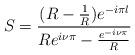
LaTeX: \begin{align*}S=\frac{(R-\frac{1}{R})e^{-i\pi l}}{Re^{i\nu\pi}-\frac{e^{-i\nu\pi}}{R}}\end{align*}